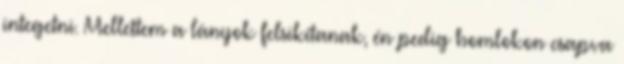
integetni. Mellettem a lányok felsikítanak, én pedig homlokon csapva